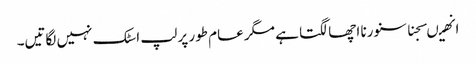
انھیںسجنا سنورنا اچھا لگتا ہے مگر عام طور پر لپ اسٹک نہیں لگاتیں۔